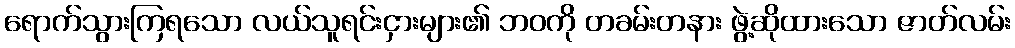
ရောက်သွားကြရသော လယ်သူရင်းငှားများ၏ ဘဝကို တခမ်းတနား ဖွဲ့ဆိုထားသော ဇာတ်လမ်း